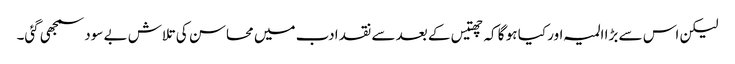
لیکن اس سے بڑا المیہ اور کیا ہو گا کہ چھتیس کے بعد سے نقد ادب میں محاسن کی تلاش بے سود سمجھی گئی۔